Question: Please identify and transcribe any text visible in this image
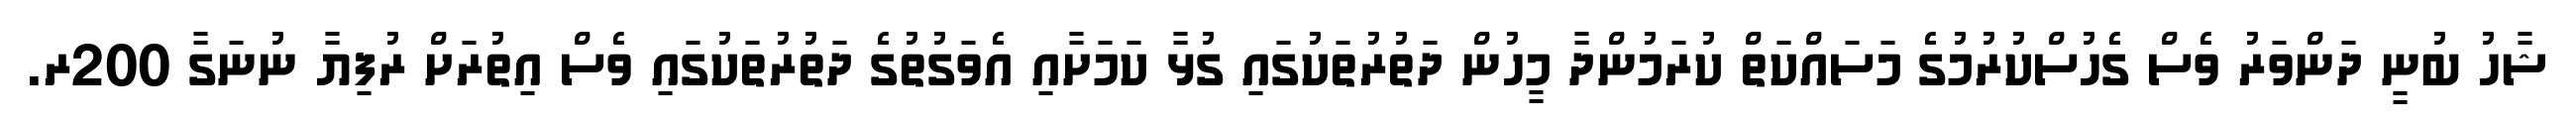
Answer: ޝާހު ބުނީ ދަންވަރު ވެސް ގެހުސްކުރުމުގެ މަސައްކަތް ކުރަމުންދާ މީހުން ދަތުރުތަކުގައި ގުޅާ ކަމަށާއި އެވަގުތުގެ ދަތުރުތަކުގައި ވެސް އިތުރަށް ރުފިޔާ ނުނަގާ 200ރ.